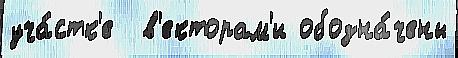
уча́стк'е  в'екторам'и обозна́чены